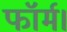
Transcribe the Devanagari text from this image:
फॉर्म।